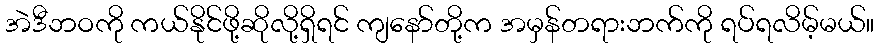
အဲဒီဘဝကို ကယ်နိုင်ဖို့ဆိုလို့ရှိရင် ကျနော်တို့က အမှန်တရားဘက်ကို ရပ်ရလိမ့်မယ်။